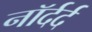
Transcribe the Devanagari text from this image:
नॉर्दर्द